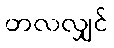
တလလျှင်